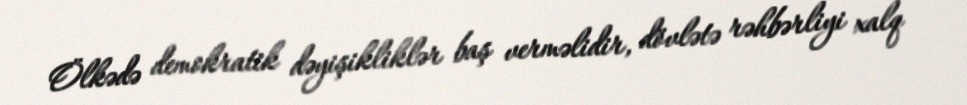
Ölkədə demokratik dəyişikliklər baş verməlidir, dövlətə rəhbərliyi xalq